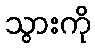
သွားကို